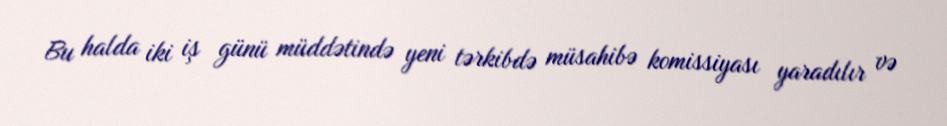
Bu halda iki iş günü müddətində yeni tərkibdə müsahibə komissiyası yaradılır və